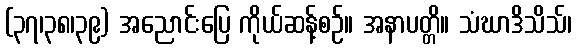
(၃၇၊၃၈၊၃၉) အညောင်းပြေ ကိုယ်ဆန့်စဉ်။ အနာပတ္တိ။ သံဃာဒိသိသ်၊